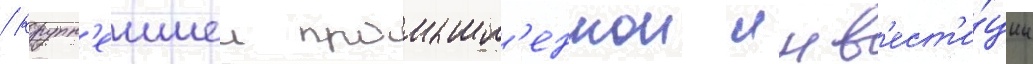
/ крупн'еишеи промышл'еннои инв'ест'и́ции